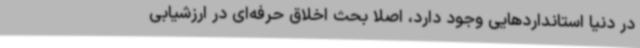
در دنیا استانداردهایی وجود دارد، اصلاً بحث اخلاق حرفه‌ای در ارزشیابی